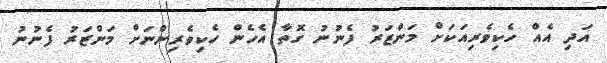
އަދި އެއް ހެކިވެރިއަކަށް މަންޒަރު ފެނުނު ގޮތާ އެހެން ހެކިވެރިންނަށް މަންޒަރު ފެނުނު